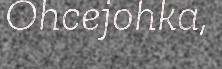
Ohcejohka,